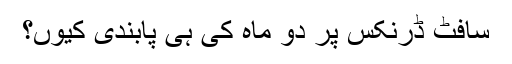
سافٹ ڈرنکس پر دو ماہ کی ہی پابندی کیوں؟